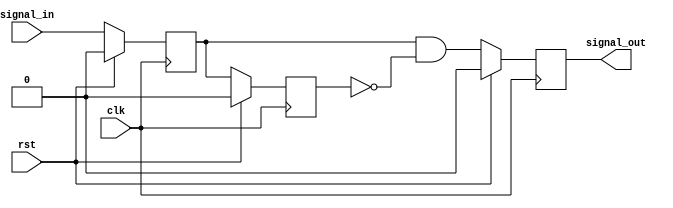
// ***************************************************************************
// ***************************************************************************
// Copyright 2014 - 2017 (c) Analog Devices, Inc. All rights reserved.
//
// In this HDL repository, there are many different and unique modules, consisting
// of various HDL (Verilog or VHDL) components. The individual modules are
// developed independently, and may be accompanied by separate and unique license
// terms.
//
// The user should read each of these license terms, and understand the
// freedoms and responsibilities that he or she has by using this source/core.
//
// This core is distributed in the hope that it will be useful, but WITHOUT ANY
// WARRANTY; without even the implied warranty of MERCHANTABILITY or FITNESS FOR
// A PARTICULAR PURPOSE.
//
// Redistribution and use of source or resulting binaries, with or without modification
// of this file, are permitted under one of the following two license terms:
//
//   1. The GNU General Public License version 2 as published by the
//      Free Software Foundation, which can be found in the top level directory
//      of this repository (LICENSE_GPL2), and also online at:
//      <https://www.gnu.org/licenses/old-licenses/gpl-2.0.html>
//
// OR
//
//   2. An ADI specific BSD license, which can be found in the top level directory
//      of this repository (LICENSE_ADIBSD), and also on-line at:
//      https://github.com/analogdevicesinc/hdl/blob/master/LICENSE_ADIBSD
//      This will allow to generate bit files and not release the source code,
//      as long as it attaches to an ADI device.
//
// ***************************************************************************
// ***************************************************************************

// A simple edge detector circuit

`timescale 1ns/100ps

module ad_edge_detect #(

  parameter   EDGE = 0
) (
  input                   clk,
  input                   rst,

  input                   signal_in,
  output  reg             signal_out
);

  localparam  POS_EDGE = 0;
  localparam  NEG_EDGE = 1;
  localparam  ANY_EDGE = 2;

  reg         ff_m1 = 0;
  reg         ff_m2 = 0;

  always @(posedge clk) begin
    if (rst == 1) begin
      ff_m1 <= 0;
      ff_m2 <= 0;
    end else begin
      ff_m1 <= signal_in;
      ff_m2 <= ff_m1;
    end
  end

  always @(posedge clk) begin
    if (rst == 1) begin
      signal_out <= 1'b0;
    end else begin
      if (EDGE == POS_EDGE) begin
        signal_out <= ff_m1 & ~ff_m2;
      end else if (EDGE == NEG_EDGE) begin
        signal_out <= ~ff_m1 & ff_m2;
      end else begin
        signal_out <= ff_m1 ^ ff_m2;
      end
    end
  end

endmodule